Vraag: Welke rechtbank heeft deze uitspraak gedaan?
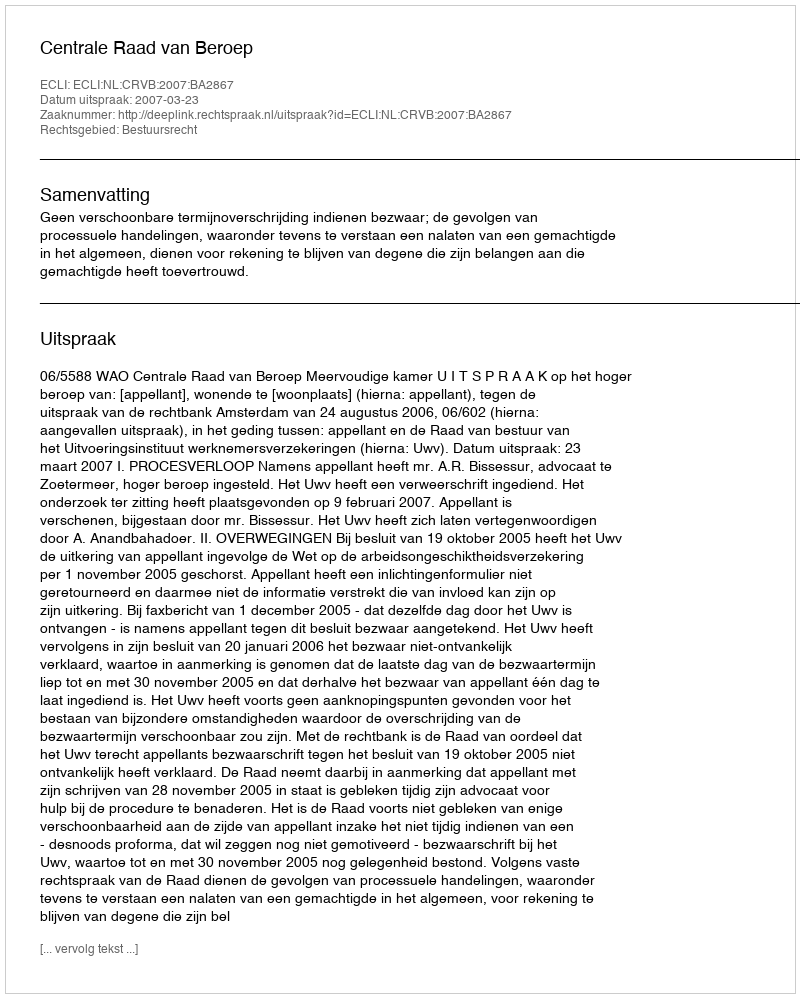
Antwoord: Centrale Raad van Beroep